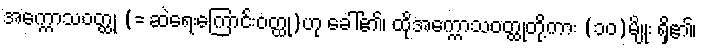
အက္ကောသဝတ္ထု (= ဆဲရေးကြောင်းဝတ္ထု)ဟု ခေါ်၏၊ ထိုအက္ကောသဝတ္ထုတို့ကား (၁၀)မျိုး ရှိ၏၊